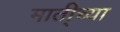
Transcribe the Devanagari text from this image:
माती्च्या